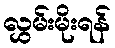
လွှမ်းမိုးရန်